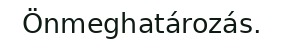
Önmeghatározás.